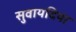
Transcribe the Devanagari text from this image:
सुवायदिया